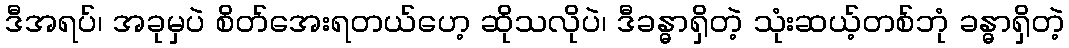
ဒီအရပ်၊ အခုမှပဲ စိတ်အေးရတယ်ဟေ့ ဆိုသလိုပဲ၊ ဒီခန္ဓာရှိတဲ့ သုံးဆယ့်တစ်ဘုံ ခန္ဓာရှိတဲ့